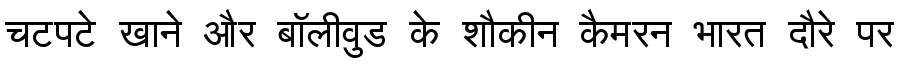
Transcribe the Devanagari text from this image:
चटपटे खाने और बॉलीवुड के शौकीन कैमरन भारत दौरे पर